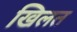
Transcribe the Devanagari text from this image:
खिलत